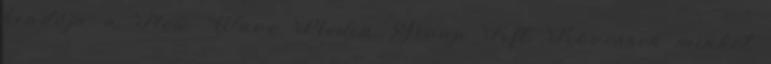
kiadója a New Wave Media Group Kft. Kövessen minket